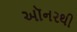
ઑનરથી